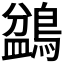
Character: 𪂽